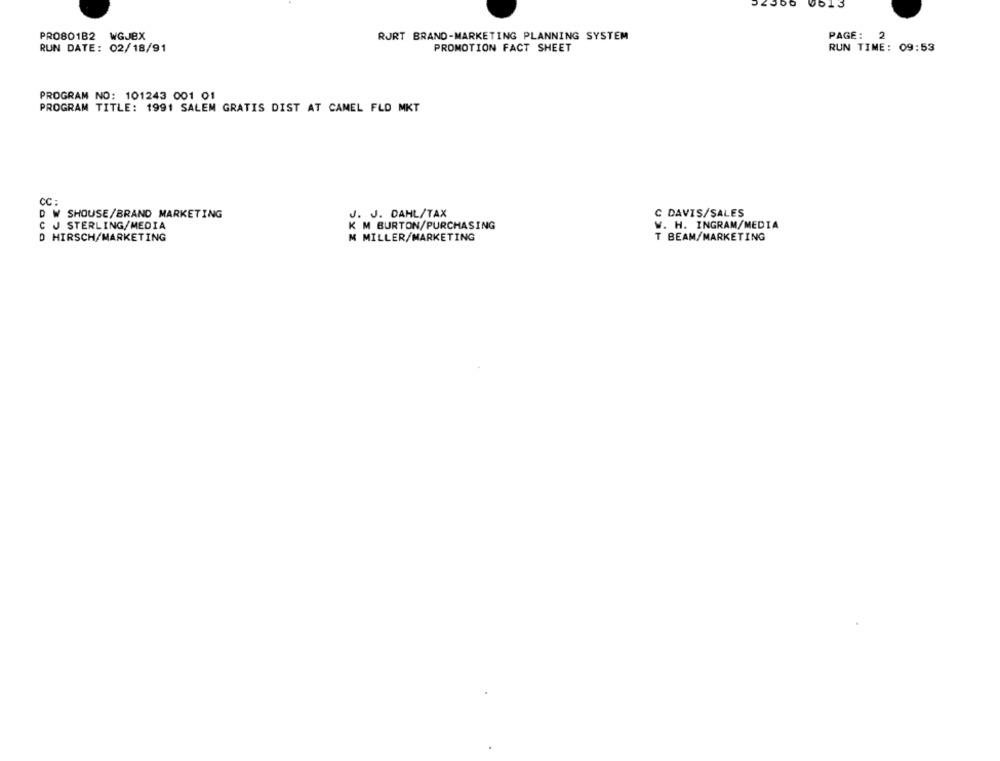
PRO801B2 WGJBX
RJRT BRAND-MARKETING PLANNING SYSTEM
PAGE:
2
RUN DATE: 02/18/91
PROMOTION FACT SHEET
RUN TIME: 09:53
PROGRAM NO: 101243 001 01
PROGRAM TITLE: 1991 SALEM GRATIS DIST AT CAMEL FLD MKT
CC :
J. J. DAHL/TAX
C DAVIS/SALES
D W SHOUSE/BRAND MARKETING
C J STERLING/MEDIA
K M BURTON/PURCHASING
W. H. INGRAM/MEDIA
D HIRSCH/MARKETING
M MILLER/MARKETING
T BEAM/MARKETING